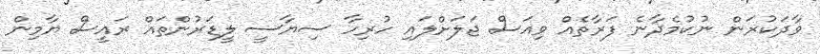
ވާދަކުރަން ނުކުމެދާނެ ފަރާތެއް ވިއަސް ޖަލަށްލައި ހުރިހާ ސިޔާސީ ލީޑަރުންތައް ރައީސް ޔާމިން